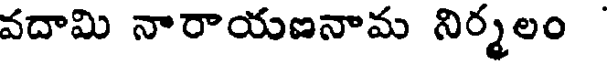
వదామి నారాయణనామ నిర్మలం